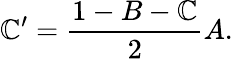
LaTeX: \mathbb{C}^{\prime}=\frac{{1-B-\mathbb{C}}}{{2}}A.